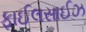
ફાઈલસાઈઝ